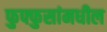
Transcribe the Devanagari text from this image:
फुफ्फुसांमधील